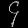
Digit: ၄